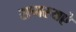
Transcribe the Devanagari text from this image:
समस्यऐ